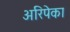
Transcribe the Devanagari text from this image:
अरिपेका